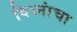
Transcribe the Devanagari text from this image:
विघ्नांचा